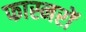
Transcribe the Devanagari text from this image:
फास्नरों